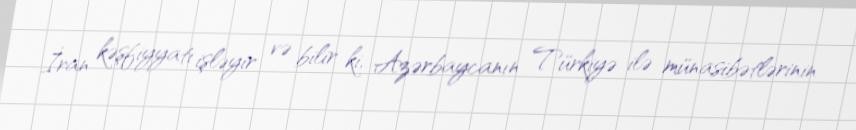
İran kəşfiyyatı işləyir və bilir ki, Azərbaycanın Türkiyə ilə münasibətlərinin